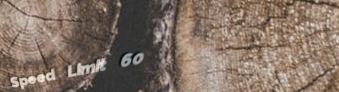
Speed Limit 60